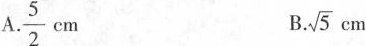
A. \frac{5}{2} cm B . \sqrt{5} cm